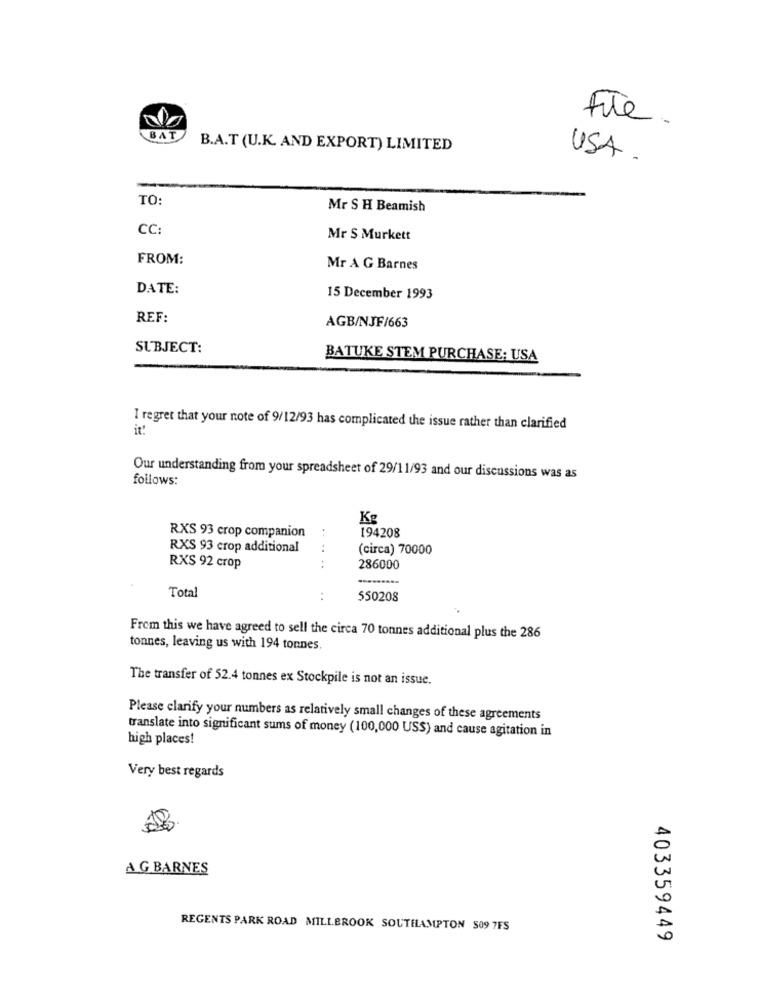
File.
BAT
B.A.T (U.K. AND EXPORT) LIMITED
USA .
TO:
Mr S H Beamish
CC:
Mr S Murkett
FROM:
Mr A G Barnes
DATE:
15 December 1993
REF:
AGB/NJF/663
SUBJECT:
BATUKE STEM PURCHASE: USA
I regret that your note of 9/12/93 has complicated the issue rather than clarified
it!
follows:
Our understanding from your spreadsheet of 29/11/93 and our discussions was as
Kg
194208
RXS 93 crop companion
RXS 93 crop additional
. .
(circa) 70000
RXS 92 crop
286000
Total
550208
From this we have agreed to sell the circa 70 tonnes additional plus the 286
tonnes, leaving us with 194 tonnes.
The transfer of 52.4 tonnes ex Stockpile is not an issue.
Please clarify your numbers as relatively small changes of these agreements
translate into significant sums of money (100,000 USS) and cause agitation in
high places!
Very best regards
A G BARNES
0
REGENTS PARK ROAD MILLBROOK SOUTHAMPTON $09 7FS
0
403359449